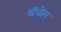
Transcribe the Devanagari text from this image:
चॅपेल